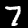
Digit: 7